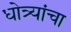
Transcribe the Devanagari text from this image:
धोत्र्यांचा